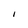
Character: I